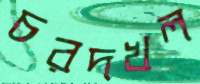
চরদখল